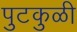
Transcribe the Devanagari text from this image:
पुटकुळी